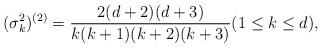
LaTeX: \begin{align*}(\sigma_k^2)^{(2)} = \frac{2(d+2)(d+3)}{k(k+1)(k+2)(k+3)} (1\leq k\leq d),\end{align*}